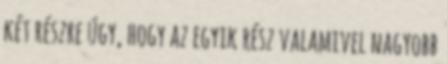
két részre úgy, hogy az egyik rész valamivel nagyobb